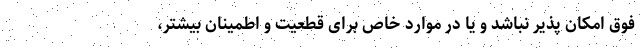
فوق امکان پذیر نباشد و یا در موارد خاص برای قطعیت و اطمینان بیشتر،